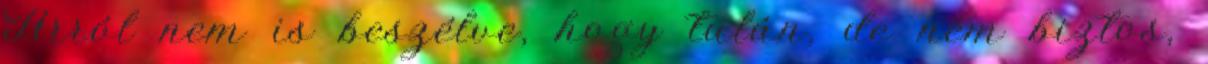
Arról nem is beszélve, hogy talán, de nem biztos,